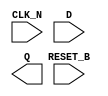
module sky130_fd_sc_hs__dfrtn (
    RESET_B,
    CLK_N  ,
    D      ,
    Q
);

    input  RESET_B;
    input  CLK_N  ;
    input  D      ;
    output Q      ;

    // Voltage supply signals
    supply1 VPWR;
    supply0 VGND;

endmodule